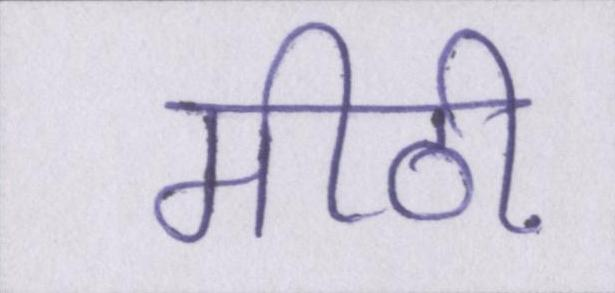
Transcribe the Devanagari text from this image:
मीठी